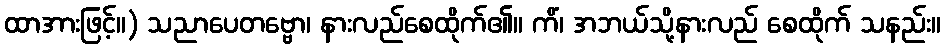
ထာအားဖြင့်။) သညာပေတဗ္ဗော၊ နားလည်စေထိုက်၏။ ကိံ၊ အဘယ်သို့နားလည် စေထိုက် သနည်း။